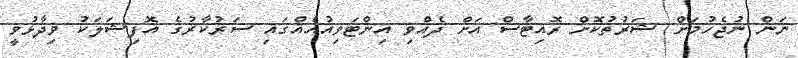
ނަން ނުޖެހުމަށް ޝަރުތުކޮށް ރޮއިޓާސް އަށް ދެއްވި އިންޓަވިއުއެއްގައި ސަރުކާރުގެ އޮފިޝަލަކު ވިދާޅުވީ